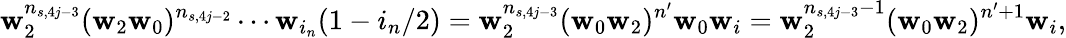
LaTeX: \mathbf w_{2}^{n_{s,4j-3}}(\mathbf w_{2}\mathbf w_{0})^{n_{s,4j-2}}\cdots\mathbf w_{i_{n}}(1-i_{n}/2)=\mathbf w_{2}^{n_{s,4j-3}}(\mathbf w_{0}\mathbf w_{2})^{n^{\prime}}\mathbf w_{0}\mathbf w_{i}=\mathbf w_{2}^{n_{s,4j-3}-1}(\mathbf w_{0}\mathbf w_{2})^{n^{\prime}+1}\mathbf w_{i},